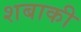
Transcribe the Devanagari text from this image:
शबाकी